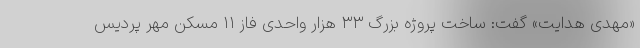
«مهدی هدایت» گفت: ساخت پروژه بزرگ ۳۳ هزار واحدی فاز ۱۱ مسکن مهر پردیس